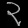
Digit: ၃